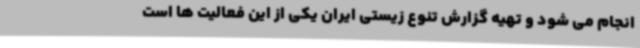
انجام می شود و تهیه گزارش تنوع زیستی ایران یکی از این فعالیت ها است